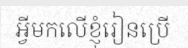
អ្វីមកលើខ្ញុំរៀនប្រើ